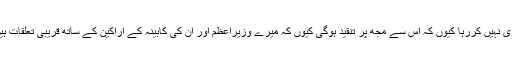
انہوں نے کہاکہ پاکستان میں سرمایہ کاری نہیں کررہا کیوں کہ اس سے مجھ پر تنقید ہوگی کیوں کہ میرے وزیراعظم اور ان کی کابینہ کے اراکین کے ساتھ قریبی تعلقات ہیں، تاہم ان کے لیے میرا مشورہ مفت ہے۔